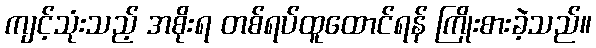
ကျင့်သုံးသည့် အစိုးရ တစ်ရပ်ထူထောင်ရန် ကြိုးစားခဲ့သည်။